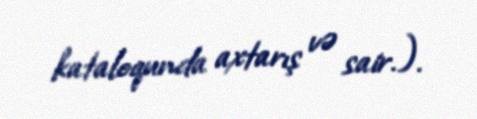
kataloqunda axtarış və sair.).